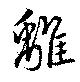
離